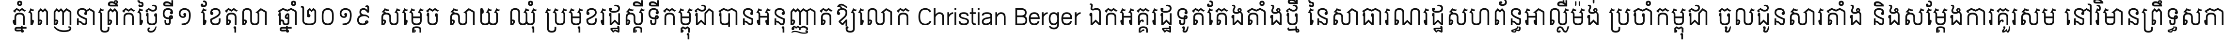
ភ្នំពេញនាព្រឹកថ្ងៃទី១ ខែតុលា ឆ្នាំ២០១៩ សម្តេច សាយ ឈុំ ប្រមុខរដ្ឋស្តីទីកម្ពុជាបានអនុញ្ញាតឱ្យលោក Christian Berger ឯកអគ្គរដ្ឋទូតតែងតាំងថ្មី នៃសាធារណរដ្ឋសហព័ន្ធអាល្លឺម៉ង់ ប្រចាំកម្ពុជា ចូលជូនសារតាំង និងសម្តែងការគួរសម នៅវិមានព្រឹទ្ធសភា